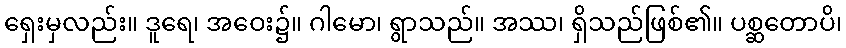
ရှေးမှလည်း။ ဒူရေ၊ အဝေး၌။ ဂါမော၊ ရွာသည်။ အဿ၊ ရှိသည်ဖြစ်၏။ ပစ္ဆတောပိ၊